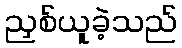
ညှစ်ယူခဲ့သည်